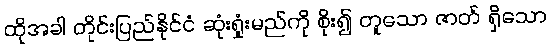
ထိုအခါ တိုင်းပြည်နိုင်ငံ ဆုံးရှုံးမည်ကို စိုး၍ တူသော ဇာတ် ရှိသော